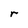
Character: r